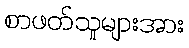
စာဖတ်သူများအား